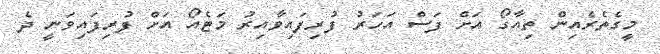
މީގެތެރެއިން ތިއާގޯ އަށް ފަސް އަހަރު ފުރިފައިވާއިރު މަޓެއޯ އަށް ފުރިފައިވަނީ ދެ